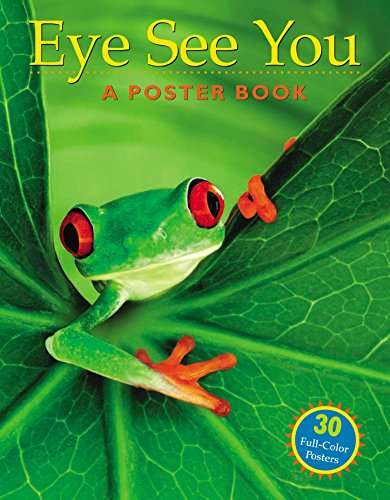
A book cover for Eye See You: A Poster Book; Children's Books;